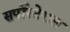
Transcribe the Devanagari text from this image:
सर्पोस्टेराल